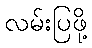
လမ်းပြဖို့